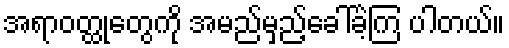
အရာဝတ္ထုတွေကို အမည်မှည့်ခေါ်ခဲ့ကြ ပါတယ်။